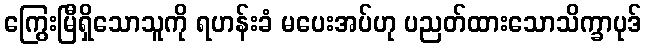
ကြွေးမြီရှိသောသူကို ရဟန်းခံ မပေးအပ်ဟု ပညတ်ထားသောသိက္ခာပုဒ်